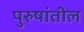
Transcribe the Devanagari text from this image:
पुरुषांतील